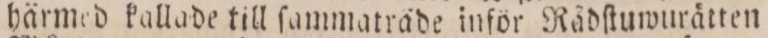
härmed kallade till ſammaträde inför Rådſtuwurätten